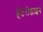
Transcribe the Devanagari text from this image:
हेटरोडाइन